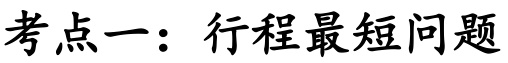
考点一：行程最短问题